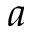
a